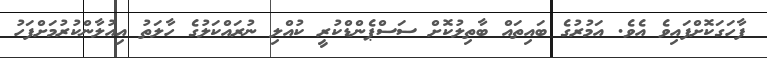
ފާހަގަކޮށްފައިވެ އެވެ. އަމުރުގެ ބައިތައް ބާތިލުކޮށް ސަސްޕެންޑްކުރީ ކުއްލި ނުރައްކަލުގެ ހާލަތު އިއުލާންކުރުމަށްފަހު